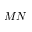
M N